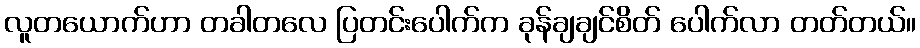
လူတယောက်ဟာ တခါတလေ ပြတင်းပေါက်က ခုန်ချချင်စိတ် ပေါက်လာ တတ်တယ်။